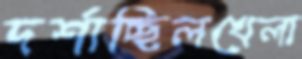
দর্শাচ্ছিলখেলা